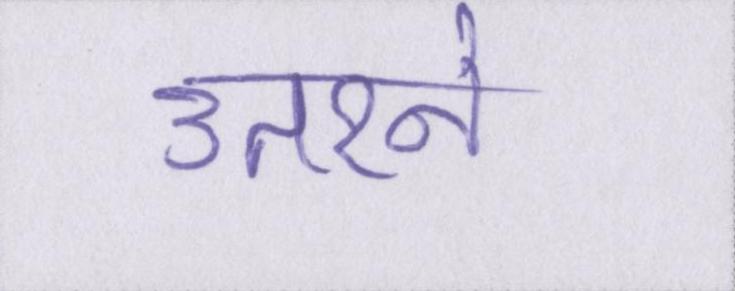
उतरने